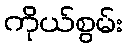
ကိုယ်စွမ်း